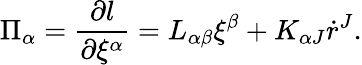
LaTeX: \Pi_{\alpha}=\frac{\partial l}{\partial\xi^{\alpha}}=L_{\alpha\beta}\xi^{\beta}+K_{\alpha J}\dot{r}^{J}.